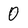
Character: 0